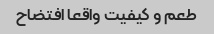
طعم و کیفیت واقعا افتضاح